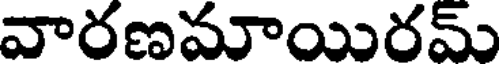
వారణమాయిరమ్